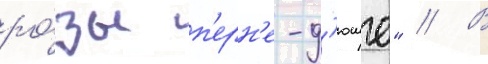
ро́зы п'ерн'е-д'юше" // В